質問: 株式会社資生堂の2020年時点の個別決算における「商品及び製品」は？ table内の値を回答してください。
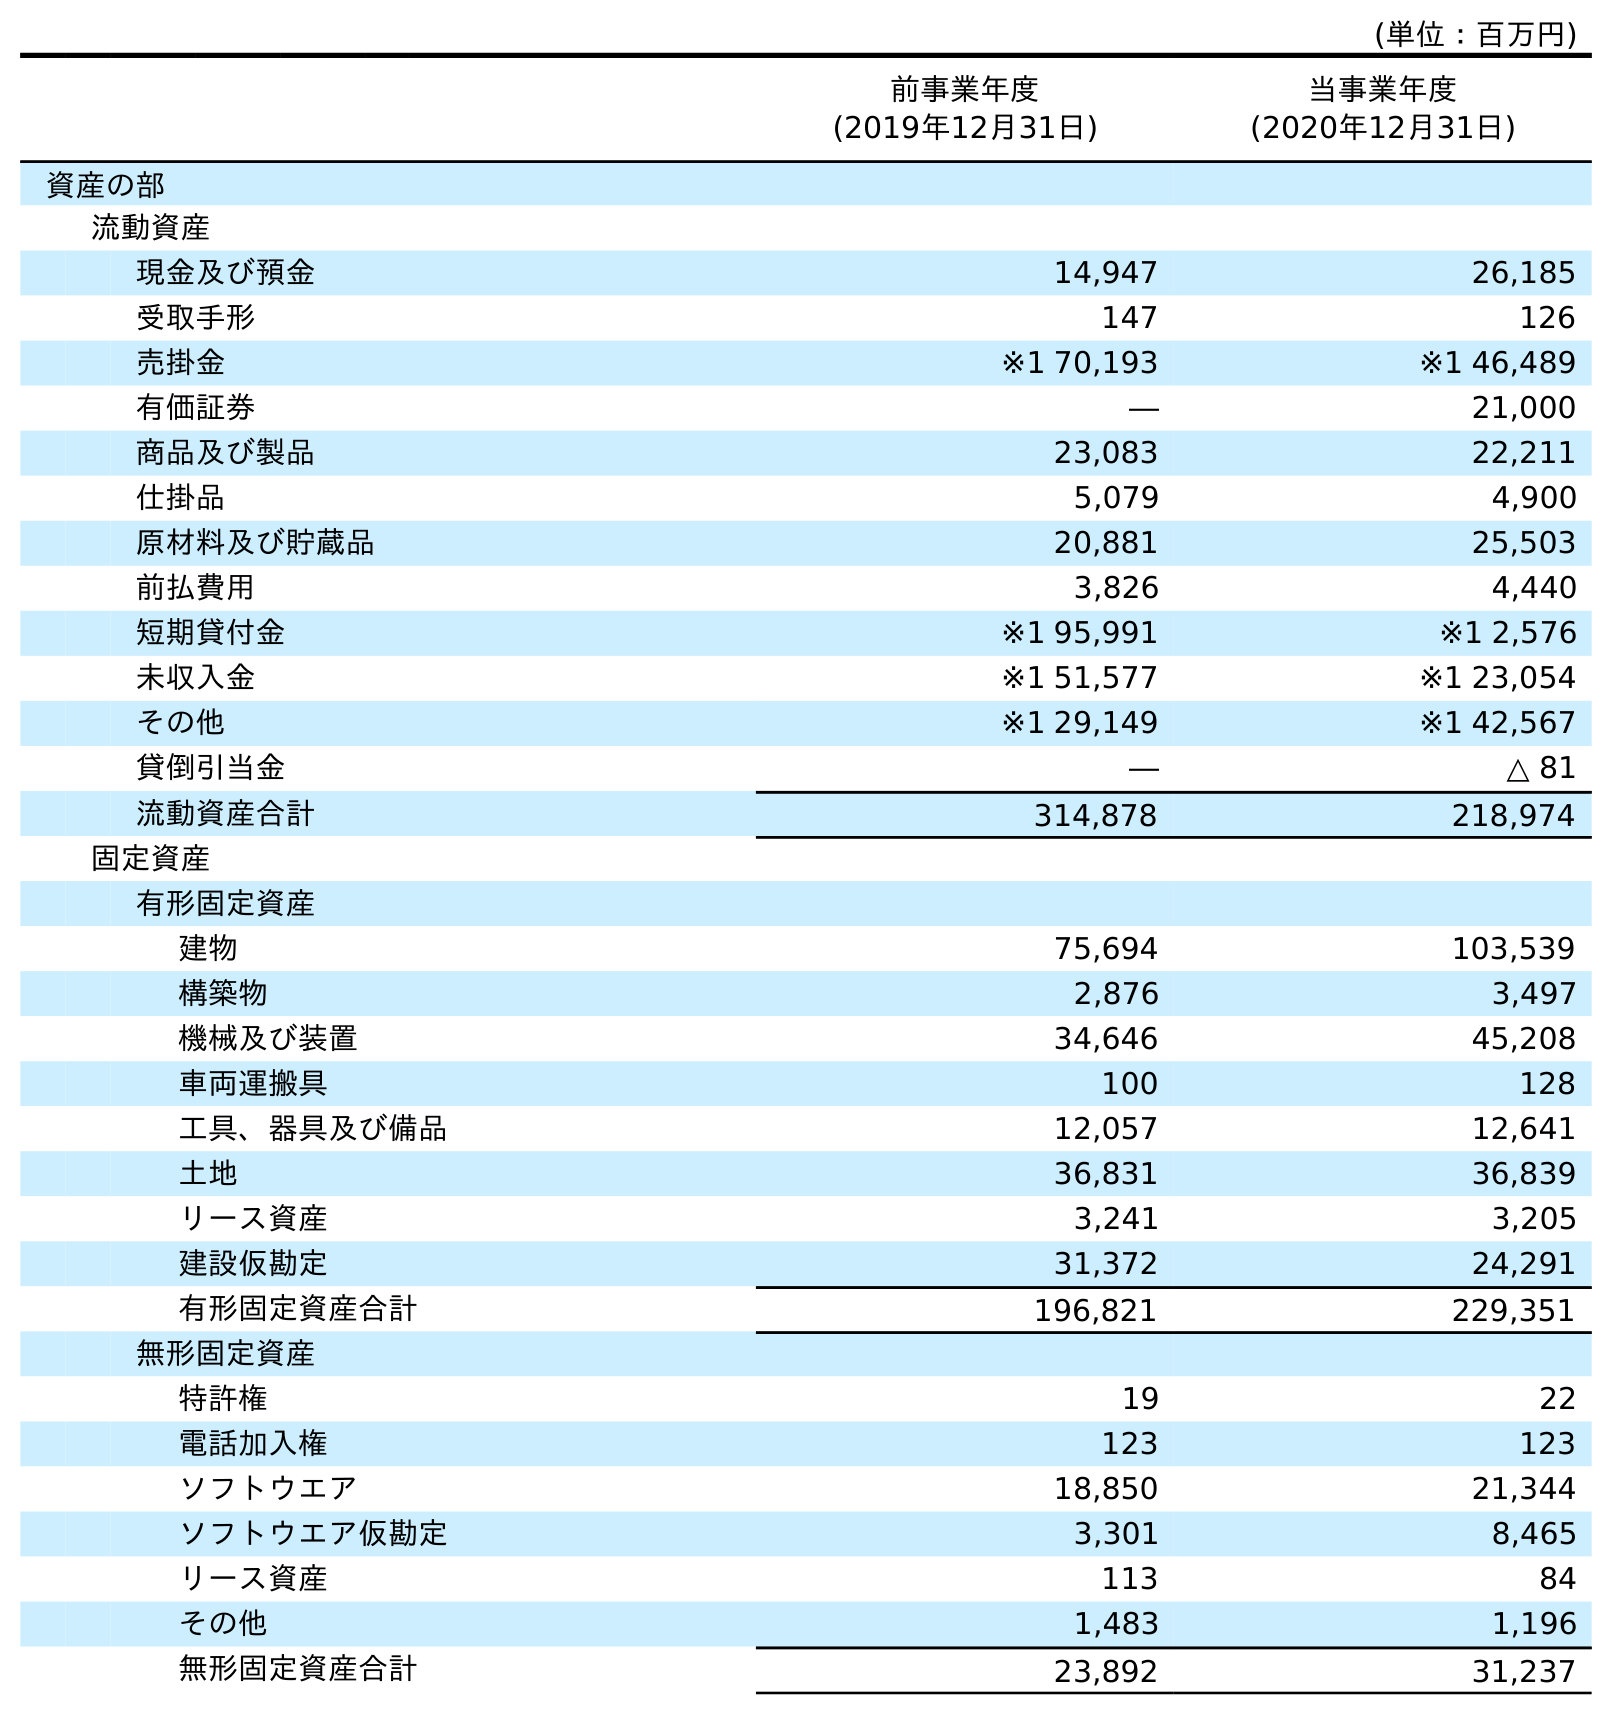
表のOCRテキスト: (単位：百万円) 前事業年度 (2019年12月31日) 当事業年度 (2020年12月31日) 資産の部 流動資産 現金及び預金 14,947 26,185 受取手形 147 126 売掛金 ※1 70,193 ※1 46,489 有価証券 ― 21,000 商品及び製品 23,083 22,211 仕掛品 5,079 4,900 原材料及び貯蔵品 20,881 25,503 前払費用 3,826 4,440 短期貸付金 ※1 95,991 ※1 2,576 未収入金 ※1 51,577 ※1 23,054 その他 ※1 29,149 ※1 42,567 貸倒引当金 ― △ 81 流動資産合計 314,878 218,974 固定資産 有形固定資産 建物 75,694 103,539 構築物 2,876 3,497 機械及び装置 34,646 45,208 車両運搬具 100 128 工具、器具及び備品 12,057 12,641 土地 36,831 36,839 リース資産 3,241 3,205 建設仮勘定 31,372 24,291 有形固定資産合計 196,821 229,351 無形固定資産 特許権 19 22 電話加入権 123 123 ソフトウエア 18,850 21,344 ソフトウエア仮勘定 3,301 8,465 リース資産 113 84 その他 1,483 1,196 無形固定資産合計 23,892 31,237
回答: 22,211